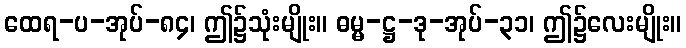
ထေရ-ပ-အုပ်-၈၄၊ ဤ၌သုံးမျိုး။ ဓမ္မ-ဋ္ဌ-ဒု-အုပ်-၃၁၊ ဤ၌လေးမျိုး။